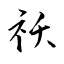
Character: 祅